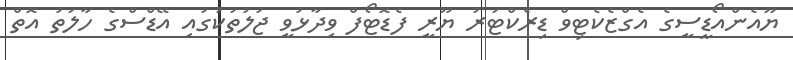
ޔޫއެންއޯޑީސީގެ އެގްޒެކެޓިވް ޑިރެކްޓަރު ޔޫރީ ފެޑޮޓޯފް ވިދާޅުވީ ޖަލުތަކުގައި އޭޑްސްގެ ހާލަތު އޮތް